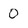
Character: 0